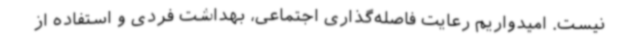
نیست. امیدواریم رعایت فاصله‌گذاری اجتماعی، بهداشت فردی و استفاده از